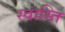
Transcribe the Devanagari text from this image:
स्‍वास्‍ति